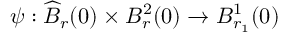
{ \psi } : \widehat { B } _ { r } ( 0 ) \times B _ { r } ^ { 2 } ( 0 ) \to B _ { r _ { 1 } } ^ { 1 } ( 0 )